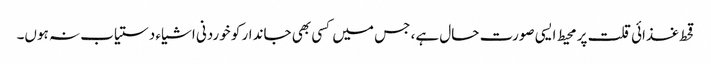
قحط غذائی قلت پر محیط ایسی صورت حال ہے، جس میں کسی بھی جاندار کو خوردنی اشیاء دستیاب نہ ہوں۔